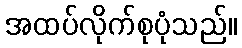
အထပ်လိုက်စုပုံသည်။